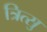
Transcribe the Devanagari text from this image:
त्रित्सु